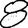
Digit: 8